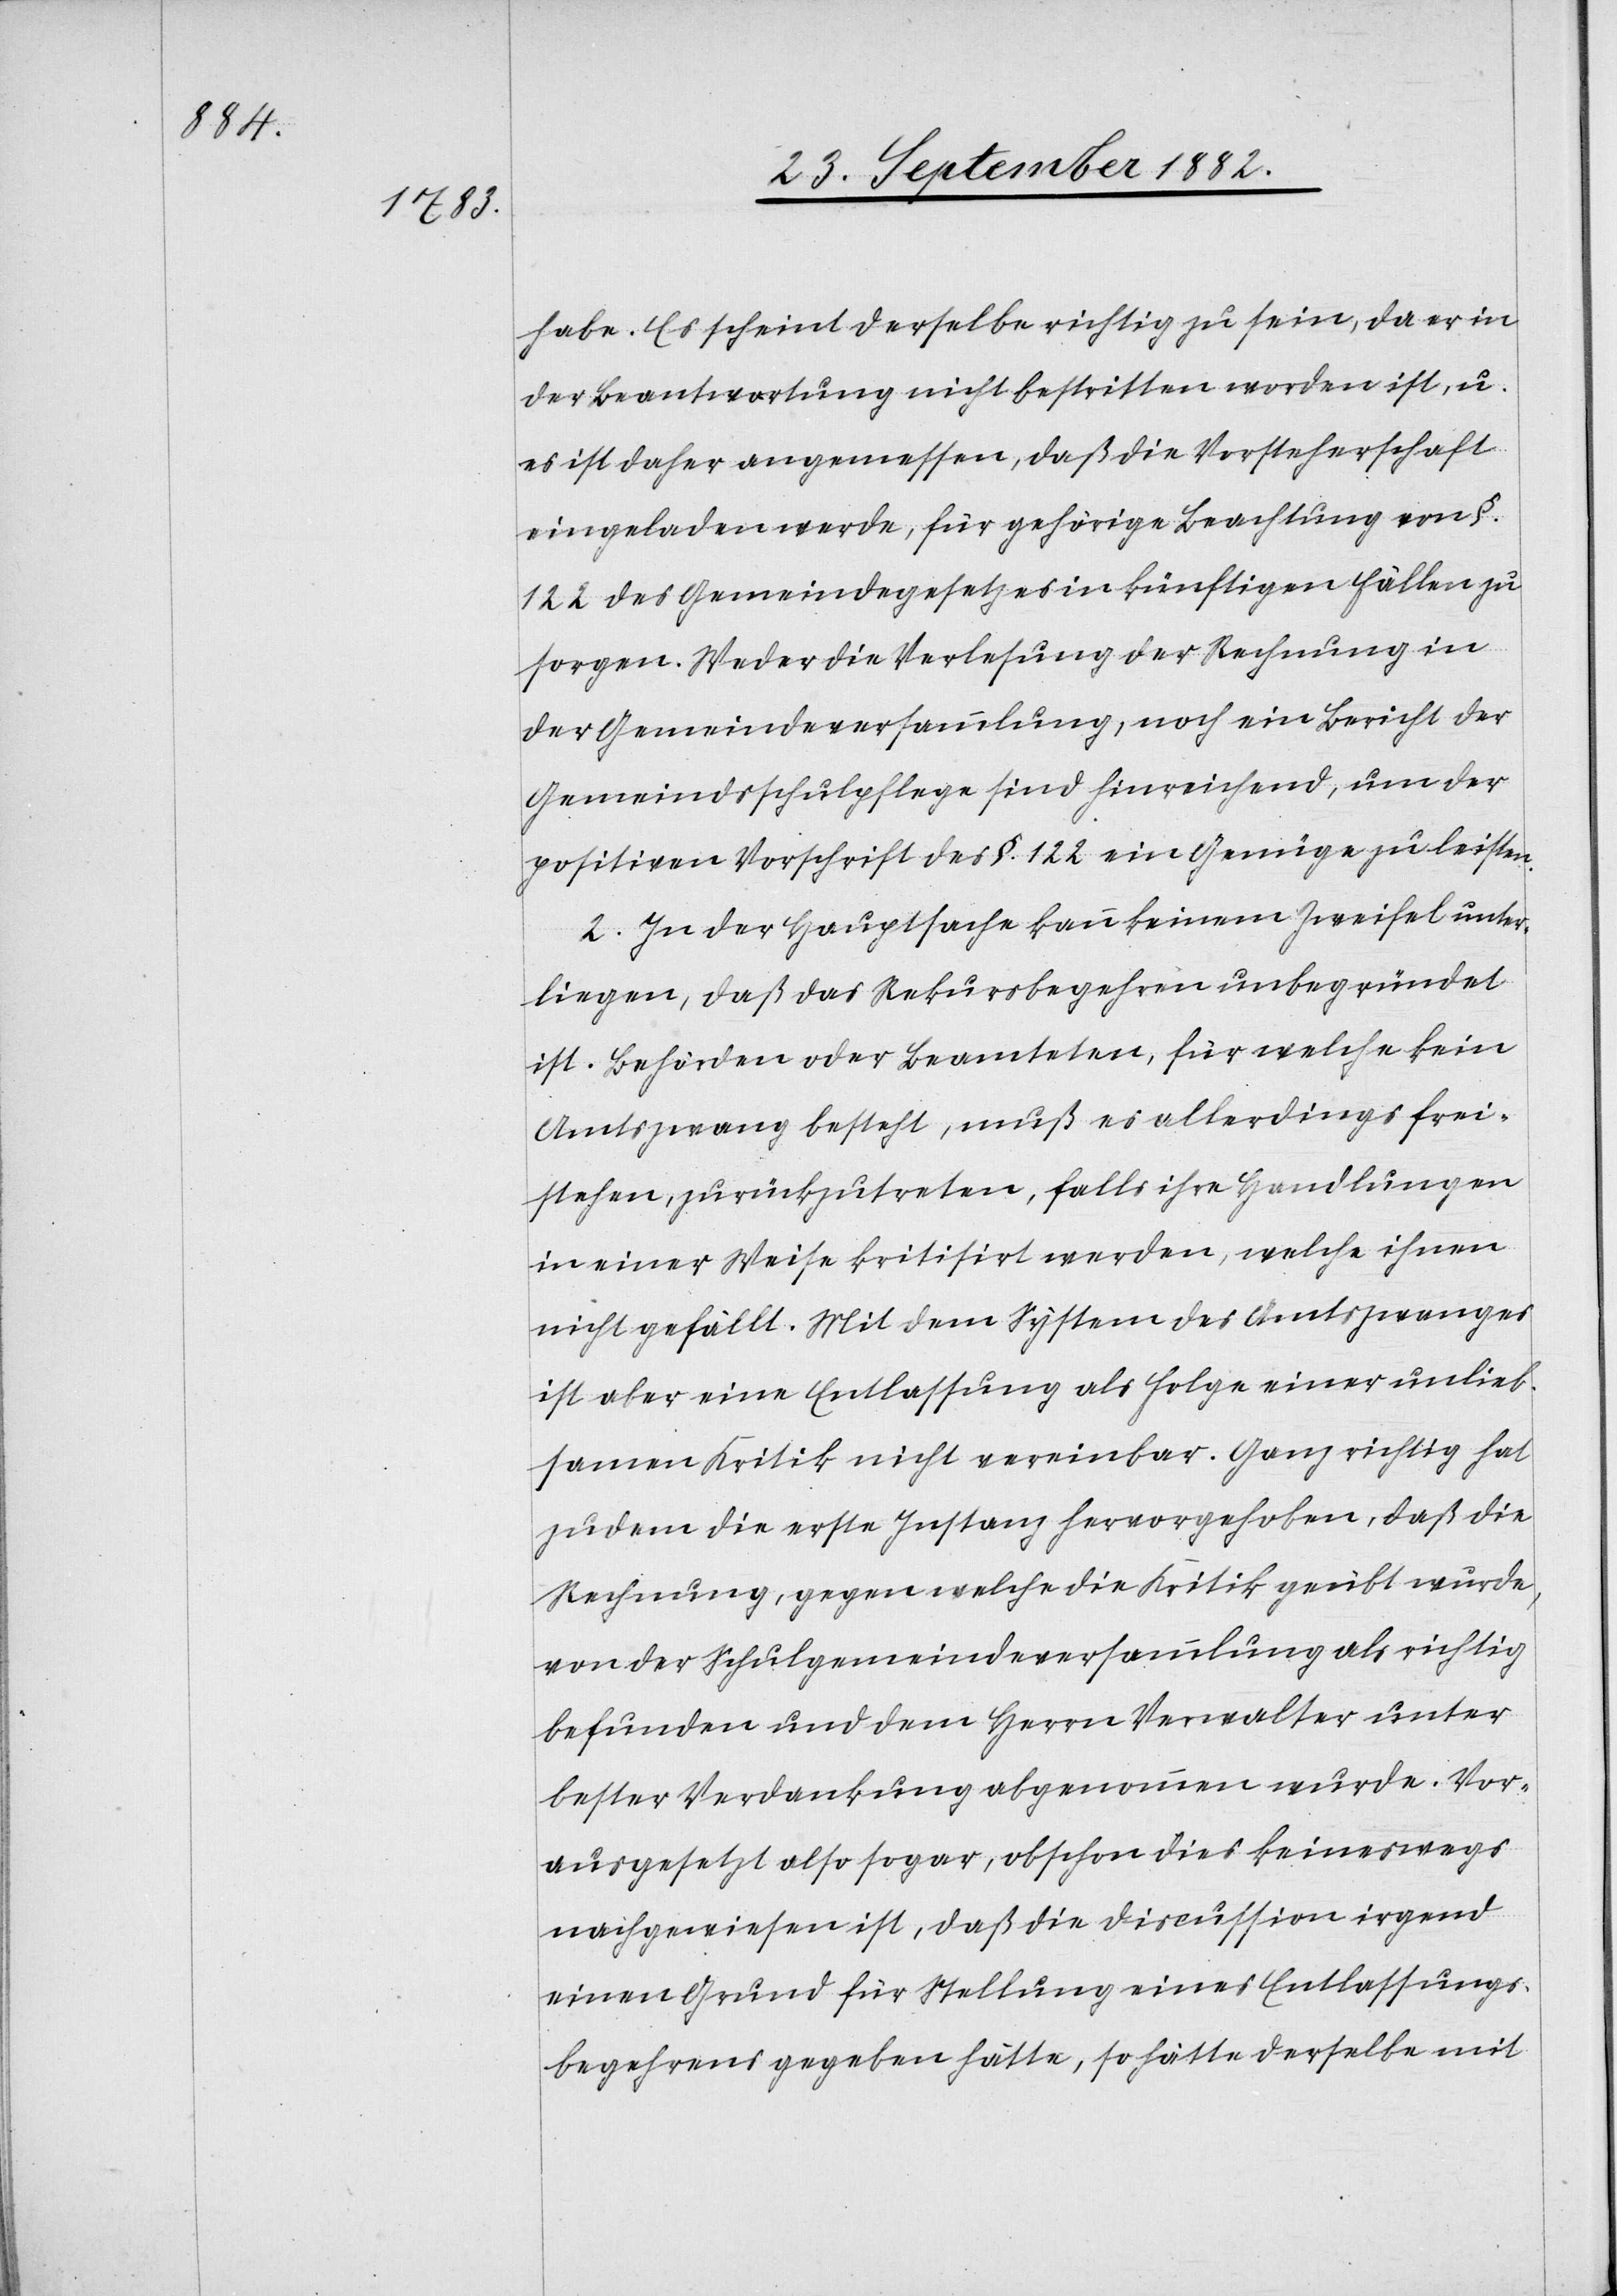
habe. Es scheint derselbe richtig zu sein, da er in
der Beantwortung nicht bestritten worden ist, u.
es ist daher angemessen, daß die Vorsteherschaft
eingeladen werde, für gehörige Beachtung von §.
122 des Gemeindegesetzes in künftigen Fällen zu
sorgen. Weder die Verlesung der Rechnung in
der Gemeindeversammlung, noch ein Bericht der
Gemeindsschulpflege sind hinreichend, um der
positiven Vorschrift des §. 122 ein Genüge zu leisten.
2. In der Hauptsache kann keinem Zweifel unter¬
liegen, daß das Rekursbegehren unbegründet
ist. Behörden oder Beamteten, für welche kein
Amtszwang besteht, muß es allerdings frei¬
stehen, zurückzutreten, falls ihre Handlungen
in einer Weise kritisirt werden, welche ihnen
nicht gefällt. Mit dem System des Amtszwanges
ist aber eine Entlassung als Folge einer unlieb¬
samen Kritik nicht vereinbar. Ganz richtig hat
zudem die erste Instanz hervorgehoben, daß die
Rechnung, gegen welche die Kritik geübt wurde,
von der Schulgemeindeversammlung als richtig
befunden und dem Herrn Verwalter unter
bester Verdankung abgenommen wurde. Vor¬
ausgesetzt also sogar, obschon dies keineswegs
nachgewiesen ist, daß die Discussion irgend
einen Grund für Stellung eines Entlassungs¬
begehrens gegeben hätte, so hätte derselbe mit